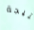
نتيجة